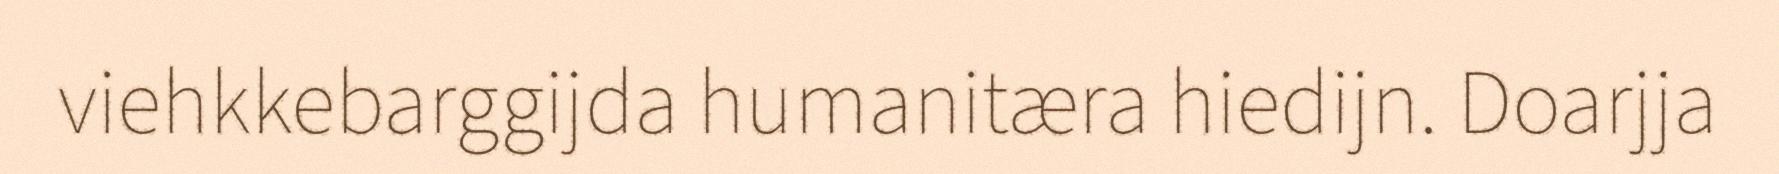
viehkkebarggijda humanitæra hiedijn. Doarjja